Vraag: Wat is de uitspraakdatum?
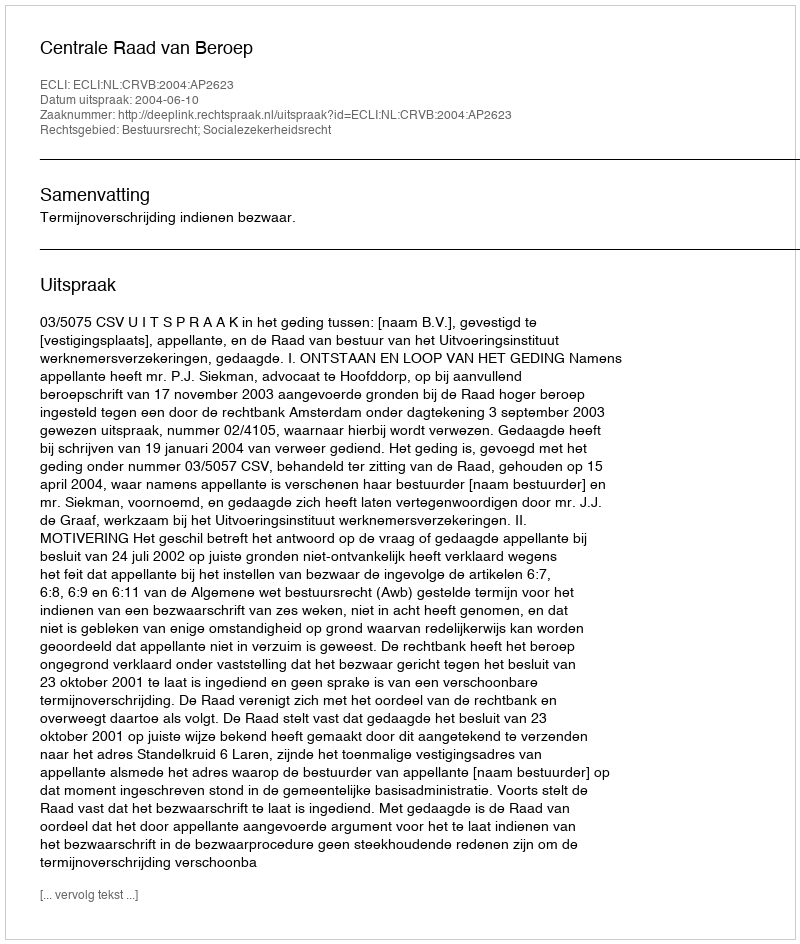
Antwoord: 2004-06-10